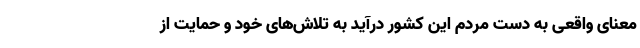
معنای واقعی به دست مردم این کشور درآید به تلاش‌های خود و حمایت از